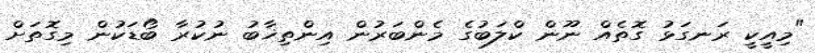
"މިއީކީ ރަނގަޅު ގޮތެއް ނޫން ކްލަބުގެ މެންބަރުން އިންތިޚާބު ނުކުރާ ބޯޑަކުން މިގޮތަށް